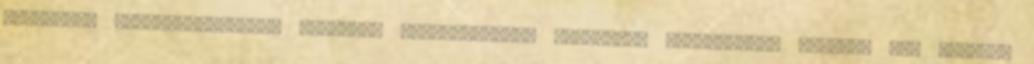
navigáció működésképtelen. Korábban elérhetetlen, vadonatúj lehetőségek nyílnak meg előtted